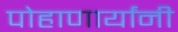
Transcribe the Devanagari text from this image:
पोहाणार्यांनी